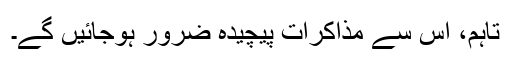
تاہم، اِس سے مذاکرات پیچیدہ ضرور ہوجائیں گے۔